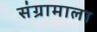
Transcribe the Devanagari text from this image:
संग्रामाला